Report of the Municipal Commissioner on the plague in Bombay for the year ending 31st May... - Volume 3
Disease focus: Plague
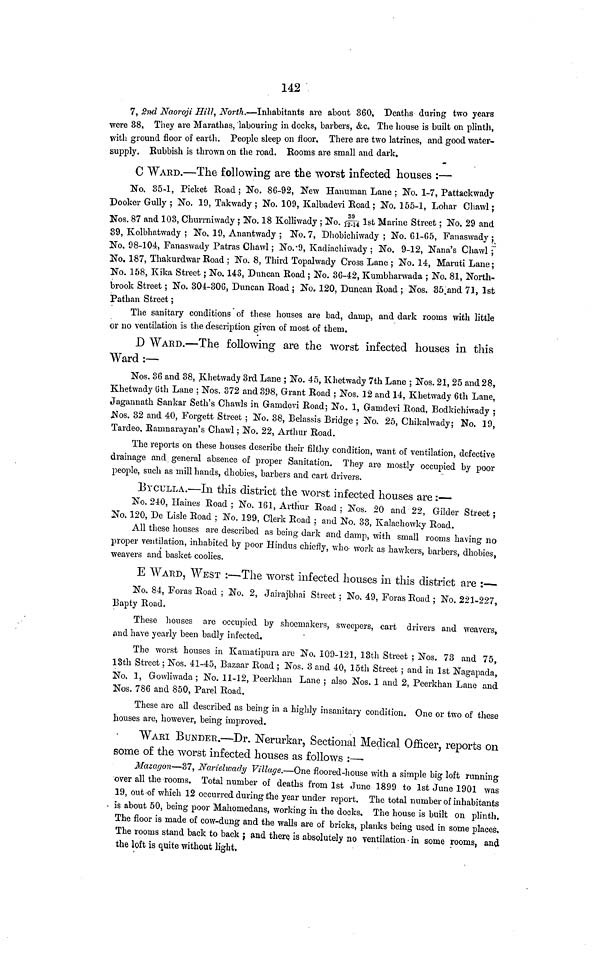
142
7, 2nd Naoroji Hill, North.—Inhabitants are about 360, Deaths during two years
were 88. They are Marathas, labouring in docks, barbers, &c. The house is built on plinth,
with ground floor of earth. People sleep on floor. There are two latrines, and good water-
supply. Rubbish is thrown on the road. Rooms are small and dark,
C WARD.—The following are the worst infected houses :—
No. 35-1, Picket Road ; No. 86-92, New Hanuman Lane ; No. 1-7, Pattackwady
Dooker Gully ; No. 19, Takwady ; No. 109, Kalbadevi Road ; No. 155-1, Lohar Chawl ;
Nos. 87 and 103, Churmiwady ; No. 18 Kolliwady ; No. 39/12-14 1st Marine Street ; No. 29 and
39, Kolbhatwady ; No. 19, Anantwady ; No. 7, Dhobichiwady ; No. 61-65, Fanaswady ;
No, 98-104, Fanaswady Patras Chawl ; No.·9, Kadiachiwady ; No. 9-12, Nana's Chawl ;
No, 187, Thakurdwar Road ; No. 8, Third Topalwady Cross Lane ; No. 14, Maruti Lane;
No. 158, Kika Street ; No. 143, Duncan Road ; No. 36-42, Kumbharwada ; No. 81, North-
brook Street ; No. 304-306, Duncan Road ; No. 120, Duncan Road ; Nos. 35 and 71, 1st
Pathan Street ;
The sanitary conditions of these houses are bad, damp, and dark rooms with little
or no ventilation is the description given of most of them.
D WARD.—The following are the worst infected houses in this
Ward :—
Nos. 36 and 38, Khetwady 3rd Lane ; No. 45, Khetwady 7th Lane ; Nos. 21, 25 and 28,
Khetwady 6th Lane ; Nos. 372 and 398, Grant Road ; Nos. 12 and 14, Khetwady 6th Lane,
Jagannath Sankar Seth's Chawls in Gamdevi Road; No. 1, Gamdevi Road, Bodkichiwady ;
Nos. 32 and 40, Forgett Street ; No. 38, Belassis Bridge ; No. 25, Chikalwady; No. 19,
Tardeo, Ranmarayan's Chawl ; No. 22, Arthur Road.
The reports on these houses describe their filthy condition, want of ventilation, defective
drainage and general absence of proper Sanitation. They are mostly occupied by poor
people, such as mill hands, dhobies, barbers and cart drivers.
BYCULLA.—In this district the worst infected houses are :—
No. 240, Haines Road ; No. 161, Arthur Road ; Nos. 20 and 22, Gilder Street ;
No, 120, De Lisle Road ; No. 199, Clerk Road ; and No. 33, Kalachowky Road.
All these houses are described as being dark and damp, with small rooms having no
proper ventilation, inhabited by poor Hindus chiefly, who work as hawkers, barbers, dhobies,
weavers and basket coolies.
E WARD, WEST :—The worst infected houses in this district are :—
No. 84, Foras Road ; No. 2, Jairajbhai Street ; No. 49, Foras Road ; No. 221-227,
Bapty Road.
These houses are occupied by shoemakers, sweepers, cart drivers and weavers,
and have yearly been badly infected.
The worst houses in Kaniatipura are No. 109-121, 13th Street ; Nos. 73 and 75,
13th Street ; Nos. 41-45, Bazaar Road ; Nos. 3 and 40, loth Street ; and in 1st Nagapada,
No. 1, Gowliwada ; No. 11-12, Peerkhan Lane ; also Nos. 1 and 2, Peerkhan Lane and
Nos. 786 and 850, Parel Road.
These are all described as being in a highly insanitary condition. One or two of these
houses are, however, being improved.
WARI BUNDER.—Dr. Nerurkar, Sectional Medical Officer, reports on
some of the worst infected houses as follows :—
Mazagon—37, Narielwady Village.—One floored-house with a simple big loft running
over all the rooms. Total number of deaths from 1st June 1899 to 1st June 1901 was
19, out of which 12 occurred during the year under report. The total number of inhabitants
is about 50, being poor Mahomedans, working in the docks. The house is built on plinth.
The floor is made of cow-dung and the walls are of bricks, planks being used in some places.
The rooms stand back to back ; and there is absolutely no ventilation in some rooms, and
the loft is quite without light.